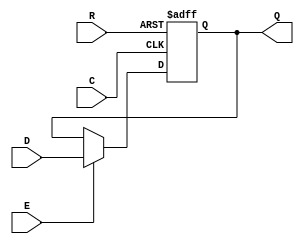
module SB_DFFNER (output Q, input C, E, R, D);
	reg Q = 0;
	always @(negedge C, posedge R)
		if (R)
			Q <= 0;
		else if (E)
			Q <= D;
endmodule